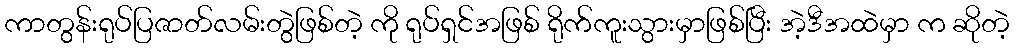
ကာတွန်းရုပ်ပြဇာတ်လမ်းတွဲဖြစ်တဲ့ ကို ရုပ်ရှင်အဖြစ် ရိုက်ကူးသွားမှာဖြစ်ပြီး အဲ့ဒီအထဲမှာ က ဆိုတဲ့